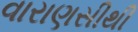
વારાણસીથી